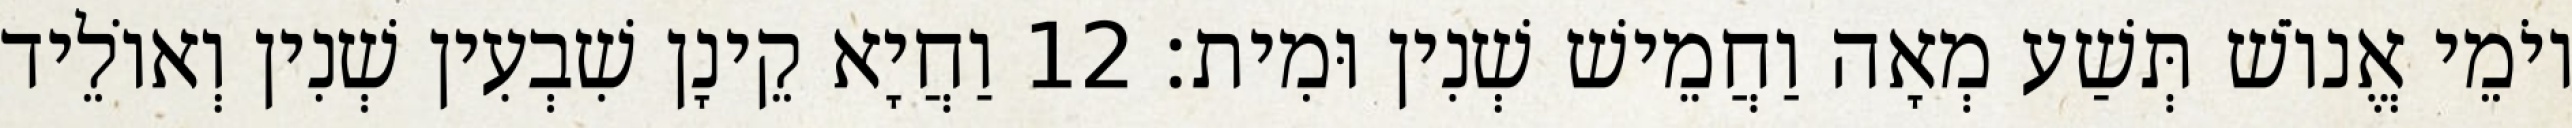
יוֹמֵי אֱנוֹשׁ תְּשַׁע מְאָה וַחֲמֵישׁ שְׁנִין וּמִית׃ 12 וַחֲיָא קֵינָן שִׁבְעִין שְׁנִין וְאוֹלֵיד